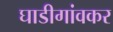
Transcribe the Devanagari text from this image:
घाडीगांवकर